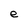
Character: e